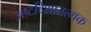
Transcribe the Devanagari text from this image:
अष्टदिशातत्मक